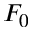
F _ { 0 }